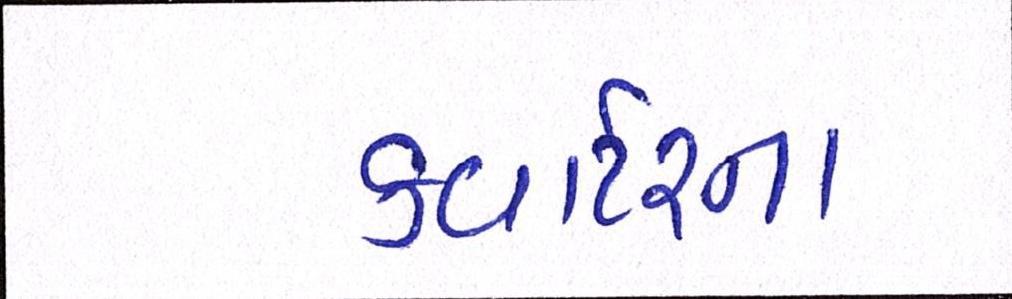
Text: કવાર્ટરના